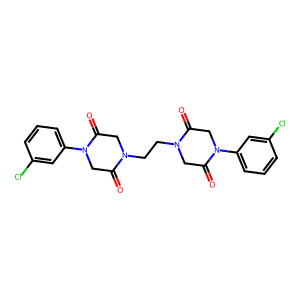
SMILES: O=C1CN(c2cccc(Cl)c2)C(=O)CN1CCN1CC(=O)N(c2cccc(Cl)c2)CC1=O
Inhibits HIV replication: No